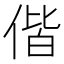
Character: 偕